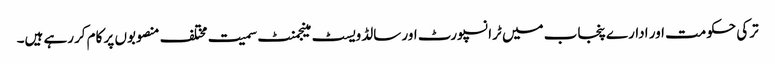
ترکی حکومت اور ادارے پنجاب میں ٹرانسپورٹ اور سالڈ ویسٹ مینجمنٹ سمیت مختلف منصوبوں پر کام کررہے ہیں۔